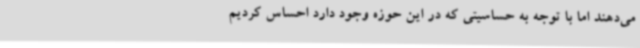
می‌دهند اما با توجه به حساسیتی که در این حوزه وجود دارد احساس کردیم